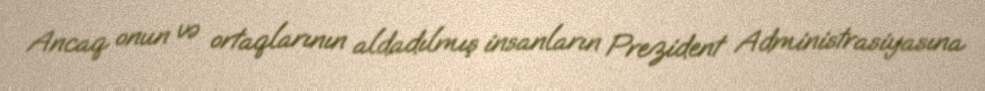
Ancaq onun və ortaqlarının aldadılmış insanların Prezident Administrasiyasına